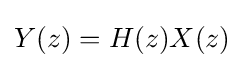
Y(z)=H(z)X(z)